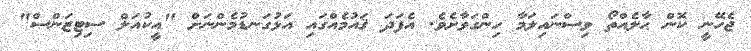
ޖެހޭނީ ކޮން ޙާލެއްތޯ ވިސްނައިލަމާ ހިންގަވާށެވެ. އެފަދަ ޤައުމެއްގައި އަޅުގަނޑުމެންނަށް "އީކުއަލް ސިޓިޒަންސް"